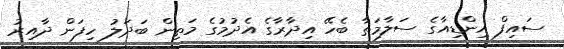
ސައިފް އިންޑިއާގެ ސަލާމަތާ ބެހޭ އިދާރާގެ އެދުމުގެ މަތިން ބަދަލު ހިފަން ދާއިރު